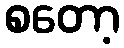
စတော့